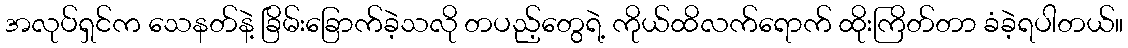
အလုပ်ရှင်က သေနတ်နဲ့ ခြိမ်းခြောက်ခဲ့သလို တပည့်တွေရဲ့ ကိုယ်ထိလက်ရောက် ထိုးကြိတ်တာ ခံခဲ့ရပါတယ်။